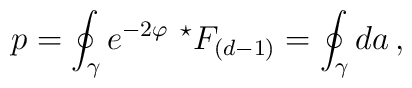
p= \oint_{\gamma} e^{-2\varphi}\ {}^{\star}F_{(d-1)} =  \oint_{\gamma} d a\, ,